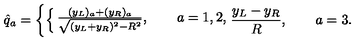
{ \hat { q } } _ { a } = \left\{ \begin{cases} { { \frac { ( y _ { L } ) _ { a } + ( y _ { R } ) _ { a } } { \sqrt { ( y _ { L } + y _ { R } ) ^ { 2 } - R ^ { 2 } } } } , \qquad a = 1 , 2 , } \\ { { \frac { y _ { L } - y _ { R } } { R } } , \qquad a = 3 . } \\ \end{cases} \right.